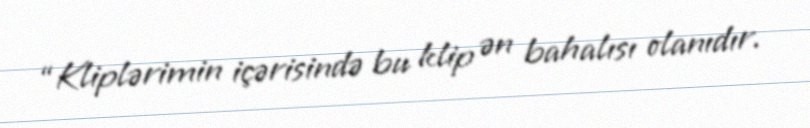
“Kliplərimin içərisində bu klip ən bahalısı olanıdır.